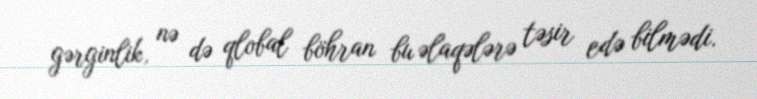
gərginlik, nə də qlobal böhran bu əlaqələrə təsir edə bilmədi.